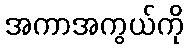
အကာအကွယ်ကို